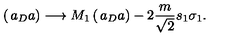
\left( \begin{matrix} { a _ { D } } \\ { a } \\ \end{matrix} \right) \longrightarrow M _ { 1 } \left( \begin{matrix} { a _ { D } } \\ { a } \\ \end{matrix} \right) - 2 { \frac { m } { \sqrt { 2 } } } s _ { 1 } \sigma _ { 1 } .